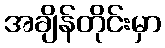
အချိန်တိုင်းမှာ